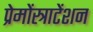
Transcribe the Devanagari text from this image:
प्रेमोंस्त्राटेंशन